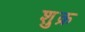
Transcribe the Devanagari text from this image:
शु़क्र